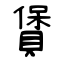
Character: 賲